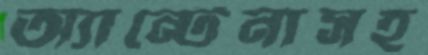
অ্যান্টেনাসহ